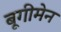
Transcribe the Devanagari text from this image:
बूगीमेन